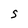
Character: s